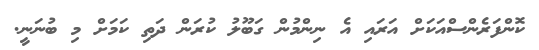
ކޮންފަރެންސްއަކަށް އަރައި އެ ނިންމުން ގަބޫލު ކުރަން ދަތި ކަމަށް މި ބުނަނީ.